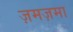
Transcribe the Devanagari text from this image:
ज़मज़मा